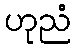
ဟုညံ